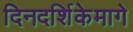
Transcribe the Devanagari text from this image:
दिनदर्शिकेमागे